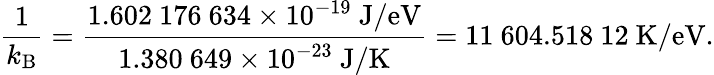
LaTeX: {\frac{1}{k_{\mathrm{B}}}}={\frac{1.602\ 176\ 634\times 10^{-19}{\mathrm{~J/eV}}}{1.380\ 649\times 10^{-23}{\mathrm{~J/K}}}}=11\ 604.518\ 12{\mathrm{~K/eV}}.